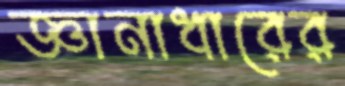
জ্ঞানাধারের